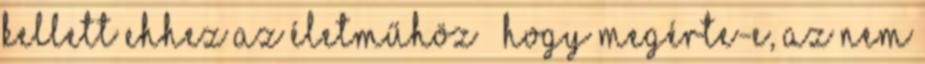
kellett ehhez az életműhöz – hogy megérte-e, az nem